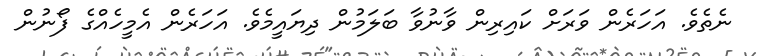
ނެތެވެ. އަހަރެން ވަރަށް ކައިރިން ވާނުވާ ބަލަމުން ދިޔައީމެވެ. އަހަރެން އެމީހެއްގެ ފޯނުން